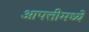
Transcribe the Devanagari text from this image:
आपत्तीमध्ये